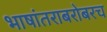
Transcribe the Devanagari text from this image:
भाषांतराबरोबरच